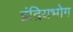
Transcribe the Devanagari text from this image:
इंद्रियभोग